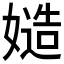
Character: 𡠻